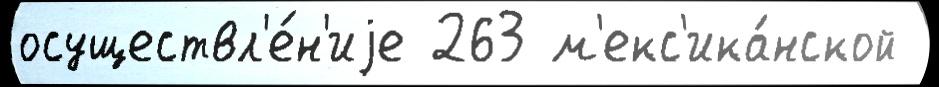
осуществл'е́н'иjе 263 м'екс'ика́нской